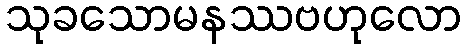
သုခသောမနဿဗဟုလော